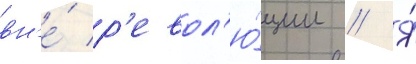
вн'е́ р'евол'ю́ции // Я́